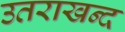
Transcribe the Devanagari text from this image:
उतराखन्द